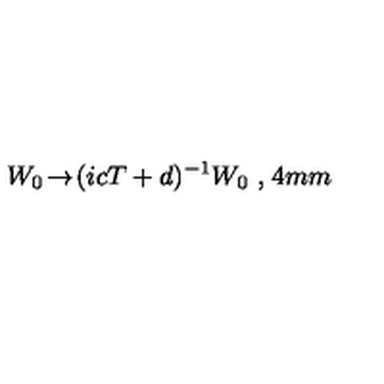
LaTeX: W _ { 0 } \! \rightarrow \! ( i c T + d ) ^ { - 1 } W _ { 0 } \ , \hspace { 1 4 m m }